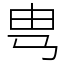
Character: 㽕